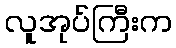
လူအုပ်ကြီးက